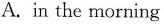
A.in the morning